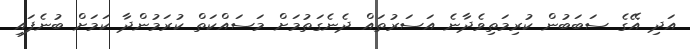
އަދި އޭގެ ސަބަބުން ކުރިމަތިވެދާނެ އަސަރުތައް ދެނެގަތުމަށް މަސައްކަތް ކުރަމުންދާ ކަމަށް ބުނެފައި